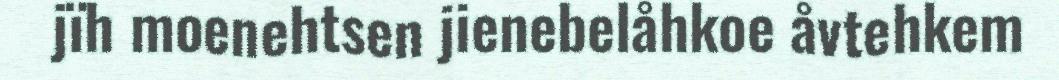
jïh moenehtsen jienebelåhkoe åvtehkem